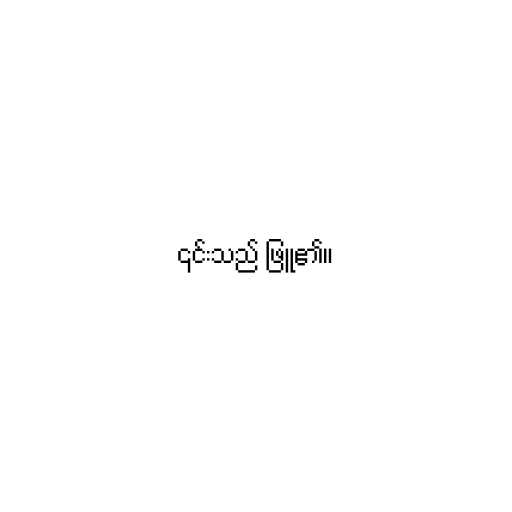
၎င်းသည် ဖြူ၏။